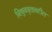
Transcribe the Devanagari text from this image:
विषुववृतावरील